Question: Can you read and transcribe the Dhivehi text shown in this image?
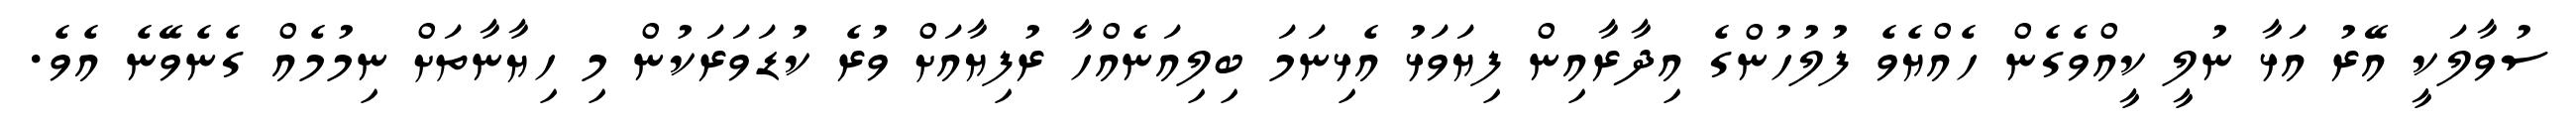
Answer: ސުވާލަކީ އޭރު އަޅާ ނުލީ ކީއްވެގެން ހެއްޔެވެ ފުލުހުންގެ އިދާރާއިން ފިޔަވަޅު އެޅިނަމަ ބިލިއަނެއްހާ ރުފިޔާއަށް ވުރެ ކުޑަވަރަކުން މި ހިޔާނާތަށް ނިމުމެއް ގެނެވޭނެ އެވެ.